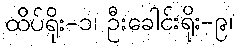
ထိပ်ရိုး-၁၊ ဦးခေါင်းရိုး-၉၊